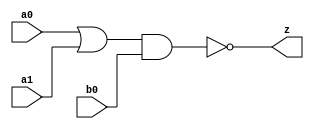
//#############################################################################
//# Function: Or-And-Inverter (oai21) Gate                                    #
//# Copyright: OH Project Authors. ALl rights Reserved.                       #
//# License:  MIT (see LICENSE file in OH repository)                         # 
//#############################################################################

module oh_oai21 #(parameter DW = 1 ) // array width
   (
    input [DW-1:0]  a0,
    input [DW-1:0]  a1,
    input [DW-1:0]  b0, 
    output [DW-1:0] z
    );
   
   assign z = ~((a0 | a1) & b0);
   
endmodule